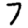
Digit: 7